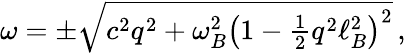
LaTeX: \begin{array}{r}{\omega=\pm\sqrt{c^{2}q^{2}+\omega_{B}^{2}\left(1-\frac{1}{2}q^{2}\ell_{B}^{2}\right)^{2}}\, ,}\end{array}